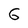
Character: 6